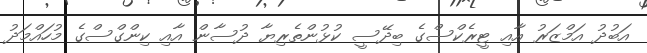
އަބުދު އަމްޒަރު އާއި ޓީރެކްސްގެ ބިދޭސީ ކުޅުންތެރިޔާ ދުސާން އާއި ކިންގްސްގެ މުހައްމަދު